Lunatic asylums United Prov. 1922-30 - 1922-1930
Year: 1922
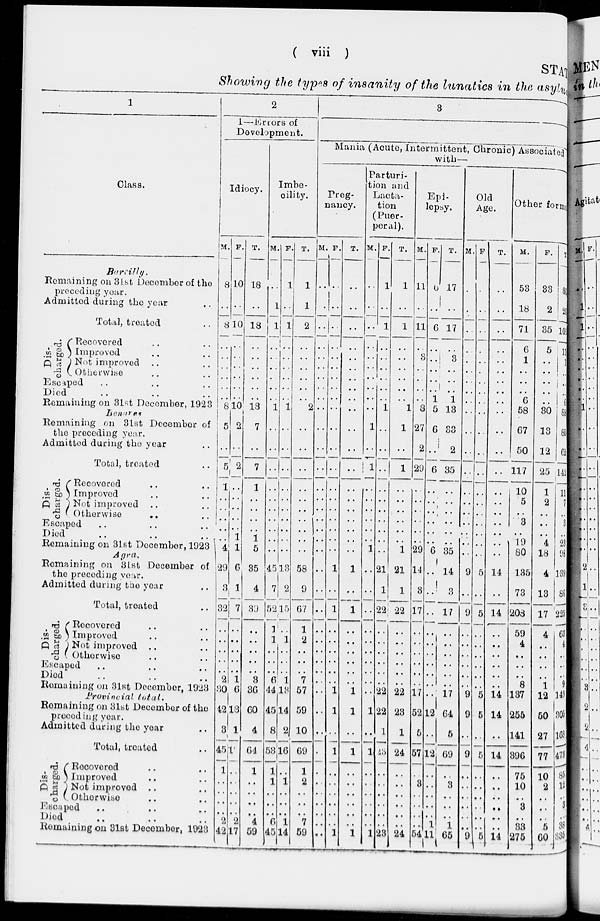
( viii )
STAT
Showing the types of insanity of the lunatics in the asylum
1
Class.
Bareilly.
Remaining on 31st December of the
preceding year.
Admitted during the year ..
Total, treated ..
Dis-
charged.
Recovered .. ..
Improved .. ..
Not improved .. ..
Otherwise .. ..
Escaped .. .. ..
Died .. .. ..
Remaining on 31st December, 1923
Benares
Remaining on 31st December of
the preceding year.
Admitted during the year ..
Total, treated ..
Dis-
charged.
Recovered .. ..
Improved .. ..
Not improved .. ..
Otherwise .. ..
Escaped .. .. ..
Died .. .. ..
Remaining on 31st December, 1923
Agra.
Remaining on 31st December of
the preceding year.
Admitted during the year ..
Total, treated ..
Dis-
charged.
Recovered .. ..
Improved .. ..
Not improved .. ..
Otherwise .. ..
Escaped .. .. ..
Died .. .. ..
Remaining on 31st December, 1923
Provincial total.
Remaining on 31st December of the
preceding year.
Admitted during the year ..
Total, treated ..
Dis-
charged.
Recovered .. ..
Improved .. ..
Not improved .. ..
Otherwise .. ..
Escaped .. .. ..
Died .. .. ..
Remaining on 31st December, 1923
2
1—Errors of
Development.
Idiocy.
M.
8
..
8
..
..
..
..
..
..
8
5
..
5
1
..
..
..
..
..
4
29
3
32
..
..
..
..
..
2
30
42
3
45
1
..
..
..
..
2
42
F.
10
..
10
..
..
..
..
..
..
10
2
..
2
..
..
..
..
..
1
1
6
1
7
..
..
..
..
..
1
6
13
1
19
..
..
..
..
..
2
17
T.
18
..
18
..
..
..
..
..
..
18
7
..
7
1
..
..
..
..
1
5
35
4
39
..
..
..
..
..
3
36
60
4
64
1
..
..
..
..
4
59
Imbe-
cility.
M.
..
1
1
..
..
..
..
..
..
1
..
..
..
..
..
..
..
..
..
..
45
7
52
1
1
..
..
..
6
44
45
8
53
1
1
..
..
..
6
45
F.
1
..
1
..
..
..
..
..
..
1
..
..
..
..
..
..
..
..
..
..
13
2
15
..
1
..
..
..
1
13
14
2
16
..
1
..
..
..
1
14
T.
1
1
2
..
..
..
..
..
..
2
..
..
..
..
..
..
..
..
..
..
58
9
67
1
2
..
..
..
7
57
59
10
69
1
2
..
..
..
7
59
3
Mania (Acute, Intermittent, Chronic) Associated
with—
Preg-
nancy.
M.
..
..
..
..
..
..
..
..
..
..
..
..
..
..
..
..
..
..
..
..
..
..
..
..
..
..
..
..
..
..
..
..
..
..
..
..
..
..
..
..
F.
..
..
..
..
..
..
..
..
..
..
..
..
..
..
..
..
..
..
..
..
1
..
1
..
..
..
..
..
..
1
1
..
1
..
..
..
..
..
..
1
T.
..
..
..
..
..
..
..
..
..
..
..
..
..
..
..
..
..
..
..
..
1
..
1
..
..
..
..
..
..
1
1
..
1
..
..
..
..
..
..
1
Parturi-
tion and
Lacta-
tion
(Puer-
peral).
M.
..
..
..
..
..
..
..
..
..
..
1
..
1
..
..
..
..
..
..
1
..
..
..
..
..
..
..
..
..
..
1
..
1
..
..
..
..
..
..
1
F.
1
..
1
..
..
..
..
..
..
1
..
..
..
..
..
..
..
..
..
..
21
1
22
..
..
..
..
..
..
22
22
1
23
..
..
..
..
..
..
23
T.
1
..
1
..
..
..
..
..
..
1
1
..
1
..
..
..
..
..
..
1
21
1
22
..
..
..
..
..
..
22
23
1
24
..
..
..
..
..
..
24
Epi-
lepsy.
M.
11
..
11
..
3
..
..
..
..
8
27
2
29
..
..
..
..
..
..
29
14
3
17
..
..
..
..
..
..
17
52
5
57
..
3
..
..
..
..
54
F.
6
..
6
..
..
..
..
..
1
5
6
..
6
..
..
..
..
..
..
6
..
..
..
..
..
..
..
..
..
..
12
..
12
..
..
..
..
..
1
11
T.
17
..
17
..
3
..
..
..
1
13
33
2
35
..
..
..
..
..
..
35
14
3
17
..
..
..
..
..
..
17
64
5
69
..
3
..
..
..
1
65
Old
Age.
M.
..
..
..
..
..
..
..
..
..
..
..
..
..
..
..
..
..
..
..
..
9
..
9
..
..
..
..
..
..
9
9
..
9
..
..
..
..
..
..
9
F.
..
..
..
..
..
..
..
..
..
..
..
..
..
..
..
..
..
..
..
..
5
..
5
..
..
..
..
..
..
5
5
..
5
..
..
..
..
..
..
5
T.
..
..
..
..
..
..
..
..
..
..
..
..
..
..
..
..
..
..
..
..
14
..
14
..
..
..
..
..
..
14
14
..
14
..
..
..
..
..
..
14
Other forms.
M.
53
18
71
6
1
..
..
..
6
58
67
50
117
10
5
..
3
..
19
80
135
73
208
59
4
..
..
..
8
137
255
141
396
75
10
..
3
..
33
275
F.
33
2
35
5
..
..
..
..
..
30
13
12
25
1
2
..
..
..
4
18
4
13
17
4
..
..
..
..
1
12
50
27
77
10
2
..
..
..
5
60
T.
86
20
106
11
1
..
..
..
6
88
80
62
142
11
7
..
3
..
23
98
139
86
225
63
4
..
..
..
9
149
305
168
473
85
12
..
3
..
38
335